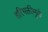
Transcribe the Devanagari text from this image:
हरिभक्तीमुळे